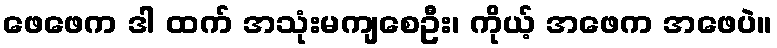
ဖေဖေက ဒါ ထက် အသုံးမကျစေဦး၊ ကိုယ့် အဖေက အဖေပဲ။